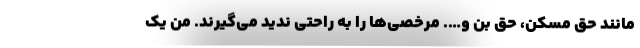
مانند حق مسکن، حق بن و…. مرخصی‌ها را به راحتی ندید می‌گیرند. من یک